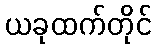
ယခုထက်တိုင်